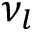
\nu _ { l }